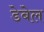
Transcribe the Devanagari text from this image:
डेबेल